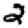
Digit: 2